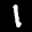
Label: 1